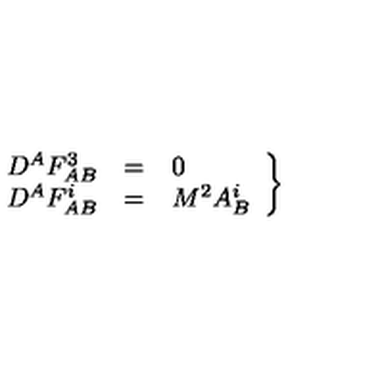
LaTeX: \left. \begin{array} { c c l } { D ^ { A } F _ { A B } ^ { 3 } } & { = } & { 0 } \\ { D ^ { A } F _ { A B } ^ { i } } & { = } & { M ^ { 2 } A _ { B } ^ { i } } \\ \end{array} \right\}